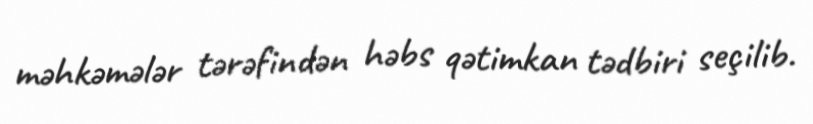
məhkəmələr tərəfindən həbs qətimkan tədbiri seçilib.